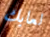
لعابك